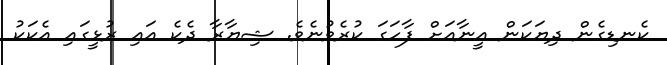
ކެނޑިގެން ދިޔަކަން އީނާއަށް ފާހަގަ ކުރެވުނެވެ. ޝިޔާރާ ދެކެ އައި ރުޅީގައި އެކަކު